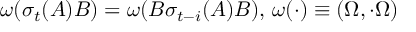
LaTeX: \omega ( \sigma _ { t } ( A ) B ) = \omega ( B \sigma _ { t - i } ( A ) B ) , \, \omega ( \cdot ) \equiv \left( \Omega , \cdot \Omega \right)